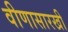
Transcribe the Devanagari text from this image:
वीणासारखी